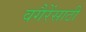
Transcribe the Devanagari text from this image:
वगैरेंसाठी